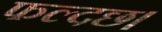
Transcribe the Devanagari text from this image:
फल्दछ।